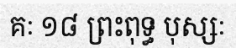
គៈ ១៨ ព្រះពុទ្ធ បុស្សៈ